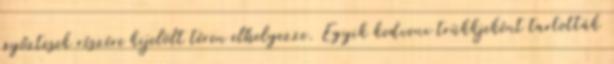
győztesek részére kijelölt téren elhelyezze. Egyik kedvenc trükkjeként tartották